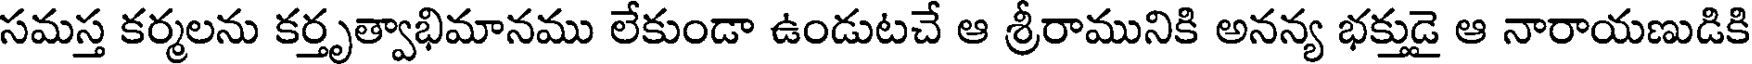
సమస్త కర్మలను కర్తృత్వాభిమానము లేకుండా ఉండుటచే ఆ శ్రీరామునికి అనన్య భక్తుడై ఆ నారాయణుడికి